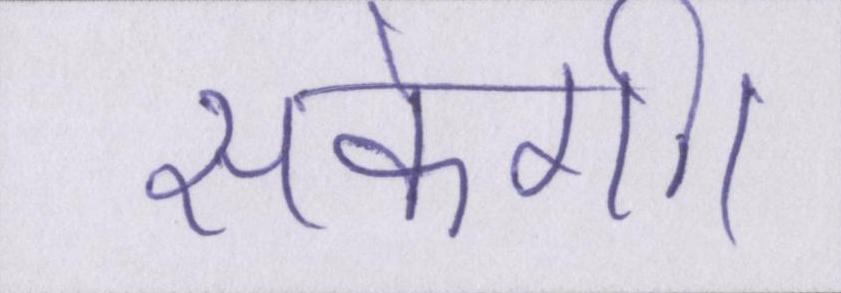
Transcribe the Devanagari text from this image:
सकेगी।